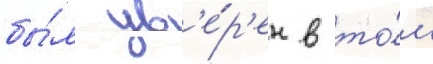
бы́л ув'е́р'ен в то́м